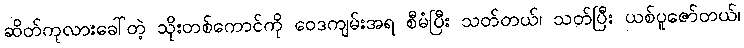
ဆိတ်ကုလားခေါ်တဲ့ သိုးတစ်ကောင်ကို ဝေဒကျမ်းအရ စီမံပြီး သတ်တယ်၊ သတ်ပြီး ယစ်ပူဇော်တယ်၊